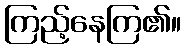
ကြည့်နေကြ၏။